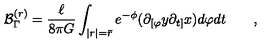
{ \cal B } _ { \Gamma } ^ { ( r ) } = \frac { \ell } { 8 \pi G } \int _ { | r | = \bar { r } } e ^ { - \phi } ( \partial _ { [ \varphi } y \partial _ { t ] } x ) d \varphi d t \qquad ,